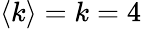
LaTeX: \langle k\rangle=k=4